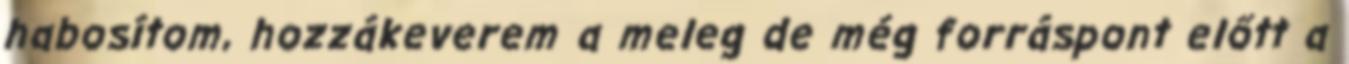
habosítom, hozzákeverem a meleg de még forráspont előtt a